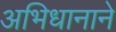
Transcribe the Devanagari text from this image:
अभिधानाने